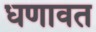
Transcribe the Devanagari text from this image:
धणावत